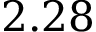
2 . 2 8